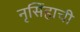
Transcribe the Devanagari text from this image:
नृसिंहाची